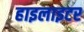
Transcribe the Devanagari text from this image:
हाइलाइटर